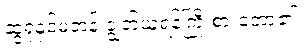
ဆွဲရုံနှင့်မတန် ချွတ်ယူရန်ကြိုးစားတော့၏။